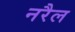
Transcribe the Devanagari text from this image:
नरैल